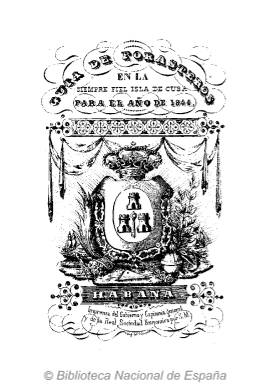
Título: Guía de forasteros de la siempre fiel Isla de Cuba y calendario manual
Otros títulos: Título: Guía de forasteros en la siempre fiel Isla de Cuba, <1840>-1864 || Guía de forasteros de la siempre fiel Isla de Cuba
Colección: Guías y directorios
Ámbito geográfico: Cuba
Lugar de publicación: Habana
Fechas: 01/01/1844-31/12/1844

Ejemplar digitalizado procedente de la colección de Bellas Artes, con signatura BA/6791.

Falta digitalizar el resto de la publicación, que comprende los años 1826 a 1884, así como los títulos anteriores: Guía de forasteros de la Isla de Cuba y calendario manual (1814-1825) y Calendario manual y guía de forasteros de la Isla de Cuba (1791-1813).